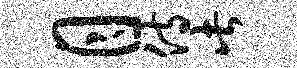
月侍此